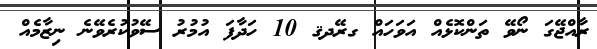
ރާއްޖޭގަ ނޯވޭ ތަންކޮޅެއް އަވަހައް ގރޭދޤ 10 ހަދާފަ އުމުރު ސޭވުކުރެވޭނެ ނިޒާމެއް